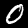
Label: 0